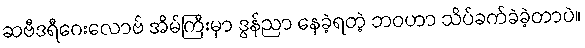
ဆဗီဒရီဂေးလောဗ် အိမ်ကြီးမှာ ဒွန်ညာ နေခဲ့ရတဲ့ ဘဝဟာ သိပ်ခက်ခဲခဲ့တာပဲ။